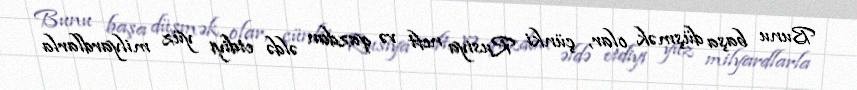
Bunu başa düşmək olar, çünki Rusiya neft və qazdan əldə etdiyi yüz milyardlarla